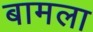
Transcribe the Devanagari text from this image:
बामला